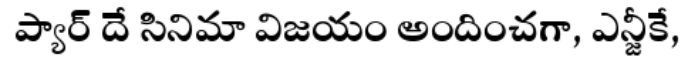
ప్యార్ దే సినిమా విజయం అందించగా, ఎన్జీకే,